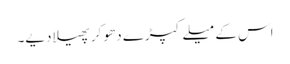
اس کے میلے کپڑے دھو کر پھیلا دیے۔